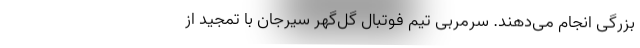
بزرگی انجام می‌دهند. سرمربی تیم فوتبال گل‌گهر سیرجان با تمجید از